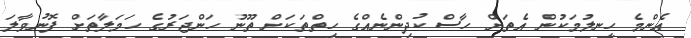
އެންމެ ހީނލުމަކުން އެތަށް ހާސް ކުދިންނެއްގެ ހިތްތަކަށް ތޫނު ހަންޖަރުގެ ހަމަލާތަށް ފޮނުވާލަ